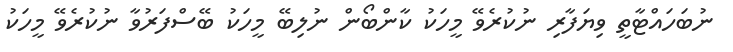
ނުބަހައްޓާތީ ވިޔަފާރި ނުކުރެވޭ މީހަކު ކާންބޯން ނުލިބޭ މީހަކު ބޭސްފަރުވާ ނުކުރެވޭ މީހަކު